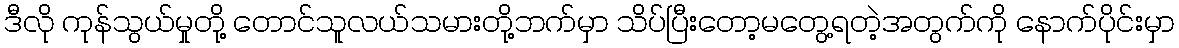
ဒီလို ကုန်သွယ်မှုတို့ တောင်သူလယ်သမားတို့ဘက်မှာ သိပ်ပြီးတော့မတွေ့ရတဲ့အတွက်ကို နောက်ပိုင်းမှာ